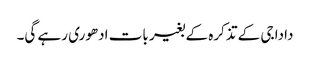
دادا جی کے تذکرہ کے بغیر بات ادھوری رہے گی۔